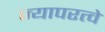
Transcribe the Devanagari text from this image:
ज्यापरत्वे